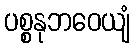
ပစ္စနုဘဝေယျံ